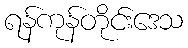
ရန်ကုန်တိုင်းဒေသ